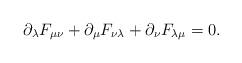
LaTeX: \begin{align*}{\partial_\lambda} F_{\mu\nu} + {\partial_\mu} F_{\nu\lambda}+ {\partial_\nu} F_{\lambda\mu} = 0.\end{align*}